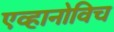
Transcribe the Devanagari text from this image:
एव्हानोविच